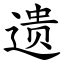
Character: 遗